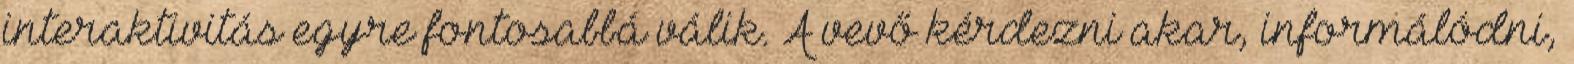
interaktivitás egyre fontosabbá válik. A vevő kérdezni akar, informálódni,